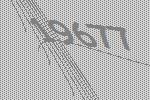
19677